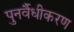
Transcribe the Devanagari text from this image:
पुनर्वैधीकरण